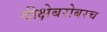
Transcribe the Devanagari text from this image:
दीक्षेबरोबरच